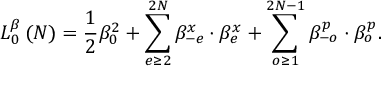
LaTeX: L _ { 0 } ^ { \beta } \left( N \right) = \frac { 1 } { 2 } \beta _ { 0 } ^ { 2 } + \sum _ { e \geq 2 } ^ { 2 N } \beta _ { - e } ^ { x } \cdot \beta _ { e } ^ { x } + \sum _ { o \geq 1 } ^ { 2 N - 1 } \beta _ { - o } ^ { p } \cdot \beta _ { o } ^ { p } .